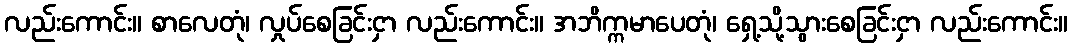
လည်းကောင်း။ စာလေတုံ၊ လှုပ်စေခြင်းငှာ လည်းကောင်း။ အဘိက္ကမာပေတုံ၊ ရှေ့သို့သွားစေခြင်းငှာ လည်းကောင်း။